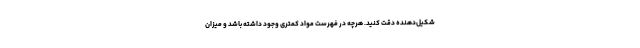
شکیل‌دهنده دقت کنید. هرچه در فهرست مواد کمتری وجود داشته باشد و میزان